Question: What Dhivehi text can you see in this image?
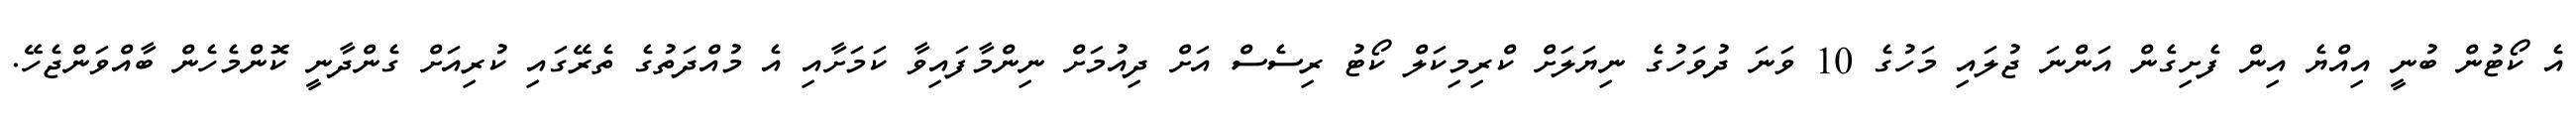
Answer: އެ ކޯޓުން ބުނީ އިއްޔެ އިން ފެށިގެން އަންނަ ޖުލައި މަހުގެ 10 ވަނަ ދުވަހުގެ ނިޔަލަށް ކްރިމިކަލް ކޯޓު ރިސެސް އަށް ދިއުމަށް ނިންމާފައިވާ ކަމަށާއި އެ މުއްދަތުގެ ތެރޭގައި ކުރިއަށް ގެންދާނީ ކޮންމެހެން ބާއްވަންޖެހޭ.